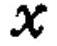
\(x\)